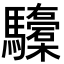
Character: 𮪞